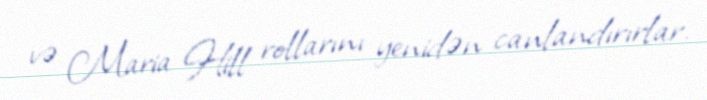
və Maria Hill rollarını yenidən canlandırırlar.